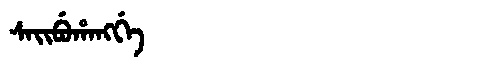
Manchu: ᠰᠠᡳᠪᡠᡥᠠᠩᡤᡝ
Romanization: SAIBUHANGGE